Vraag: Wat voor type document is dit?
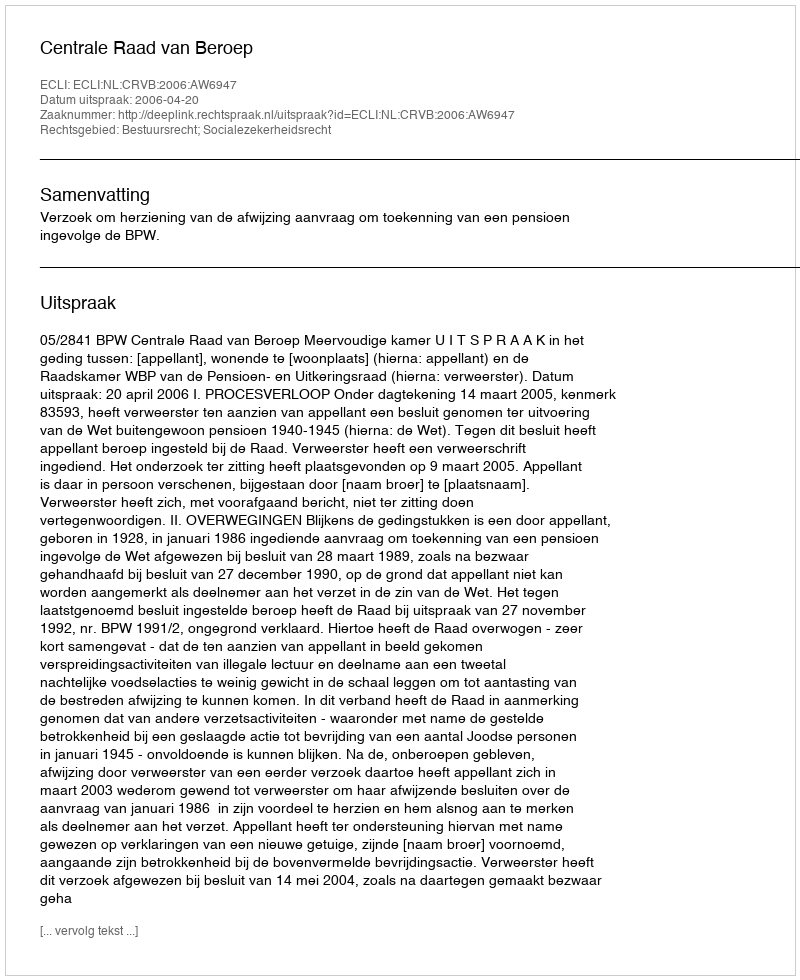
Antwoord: Uitspraak